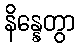
နိန္နေတွာ